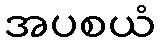
အပစယံ